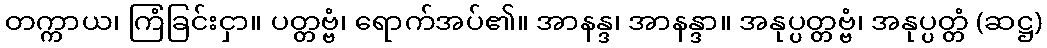
တက္ကာယ၊ ကြံခြင်းငှာ။ ပတ္တဗ္ဗံ၊ ရောက်အပ်၏။ အာနန္ဒ၊ အာနန္ဒာ။ အနုပ္ပတ္တဗ္ဗံ၊ အနုပ္ပတ္တံ (ဆဋ္ဌ)